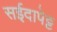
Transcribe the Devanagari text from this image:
सईदापेट्ट